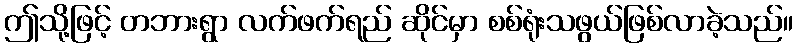
ဤသို့ဖြင့် တဘားရွာ လက်ဖက်ရည် ဆိုင်မှာ စစ်ရုံးသဖွယ်ဖြစ်လာခဲ့သည်။